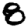
Digit: 8